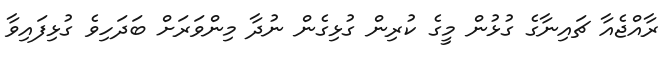
ރާއްޖެއާ ޗައިނާގެ ގުޅުން މީގެ ކުރިން ގުޅިގެން ނުދާ މިންވަރަށް ބަދަހިވެ ގުޅިފައިވާ